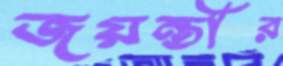
জয়ন্তীর